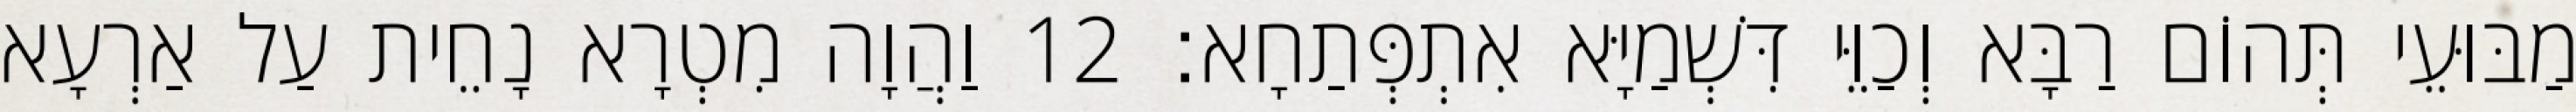
מַבּוּעֵי תְּהוֹם רַבָּא וְכַוֵּי דִּשְׁמַיָּא אִתְפְּתַחָא׃ 12 וַהֲוָה מִטְרָא נָחֵית עַל אַרְעָא